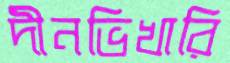
দীনভিখারি